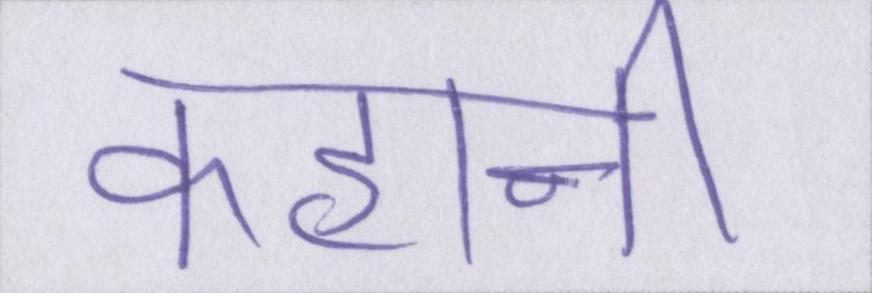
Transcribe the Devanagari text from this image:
कहानी।